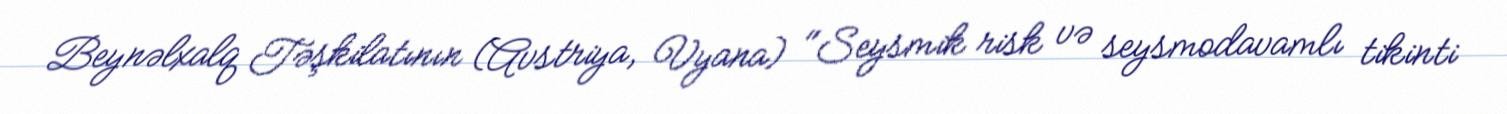
Beynəlxalq Təşkilatının (Avstriya, Vyana) "Seysmik risk və seysmodavamlı tikinti